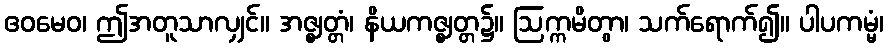
ဧဝမေဝ၊ ဤအတူသာလျှင်။ အဇ္ဈတ္တံ၊ နိယကဇ္ဈတ္တ၌။ ဩက္ကမိတွာ၊ သက်ရောက်၍။ ပါပကမ္မံ၊